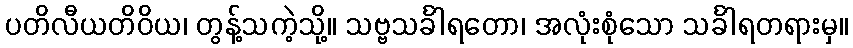
ပတိလီယတိဝိယ၊ တွန့်သကဲ့သို့။ သဗ္ဗသင်္ခါရတော၊ အလုံးစုံသော သင်္ခါရတရားမှ။